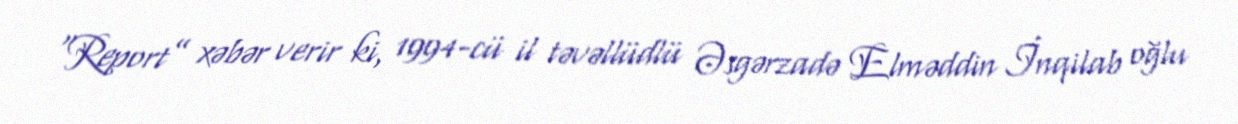
“Report” xəbər verir ki, 1994-cü il təvəllüdlü Əsgərzadə Elməddin İnqilab oğlu